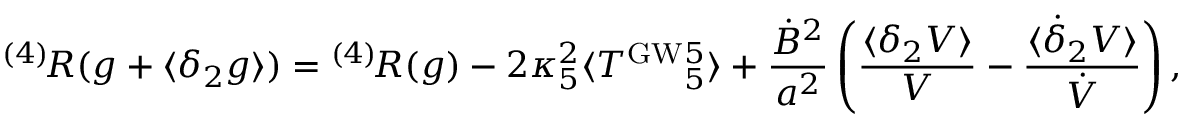
{ } ^ { ( 4 ) } \! R ( g + \langle \delta _ { 2 } g \rangle ) = { } ^ { ( 4 ) } \! R ( g ) - 2 \kappa _ { 5 } ^ { 2 } \langle T ^ { \mathrm { G W } } { } _ { 5 } ^ { 5 } \rangle + \frac { \dot { B } ^ { 2 } } { a ^ { 2 } } \left( \frac { \langle \delta _ { 2 } V \rangle } { V } - \frac { \langle \dot { \delta } _ { 2 } V \rangle } { \dot { V } } \right) ,